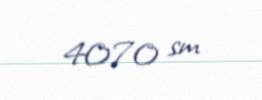
4070 sm